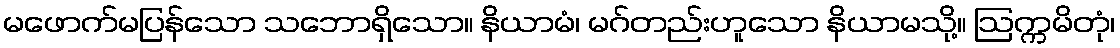
မဖောက်မပြန်သော သဘောရှိသော။ နိယာမံ၊ မဂ်တည်းဟူသော နိယာမသို့။ ဩက္ကမိတုံ၊